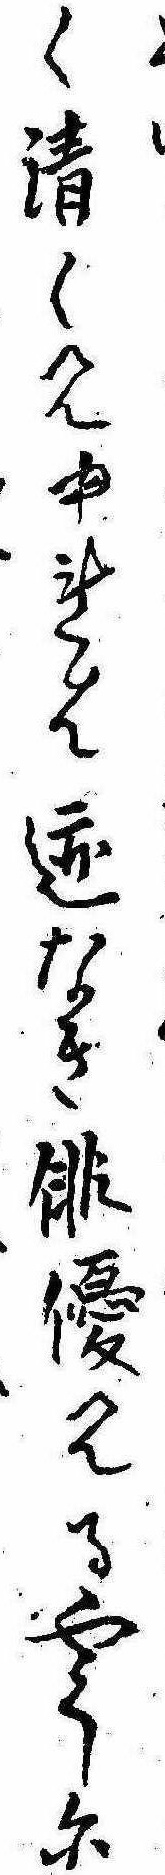
く清く見ゆれは跡なき俳優見るやうに